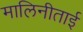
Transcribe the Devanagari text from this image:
मालिनीताई